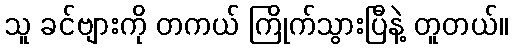
သူ ခင်ဗျားကို တကယ် ကြိုက်သွားပြီနဲ့ တူတယ်။